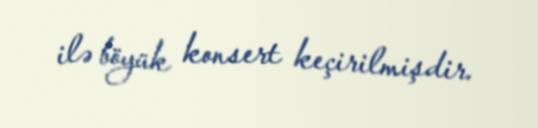
ilə böyük konsert keçirilmişdir.